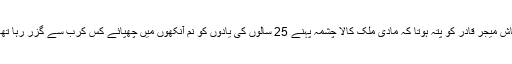
کاش میجر قادر کو پتہ ہوتا کہ مادی ملک کالا چشمہ پہنے 25 سالوں کی یادوں کو نم آنکھوں میں چھپائے کس کرب سے گزر رہا تھا ۔